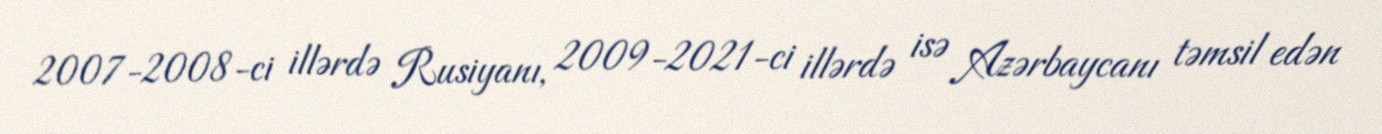
2007-2008-ci illərdə Rusiyanı, 2009-2021-ci illərdə isə Azərbaycanı təmsil edən